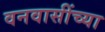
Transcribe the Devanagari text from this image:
वनवासींच्या